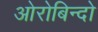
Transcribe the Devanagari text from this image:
ओरोबिन्दो